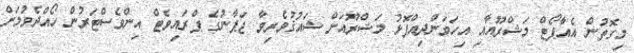
މިގޮތުން އެއާޕޯޓް މަޝްރޫއާއި އިހަވަންދިއްޕޮޅު މަޝްރޫއަށް ޝައުޤުވެރިވާ ޖަޕާނުގެ ޕްރައިވެޓް އިންވެސްޓަރުން ހޯއްދެވުމަށް